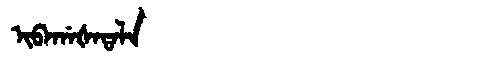
Manchu: ᡳᠪᠠᡤᠠᡧᠠᡨᠠᠯᠠ
Romanization: IBAGAŠATALA